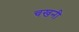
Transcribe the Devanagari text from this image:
चखनी